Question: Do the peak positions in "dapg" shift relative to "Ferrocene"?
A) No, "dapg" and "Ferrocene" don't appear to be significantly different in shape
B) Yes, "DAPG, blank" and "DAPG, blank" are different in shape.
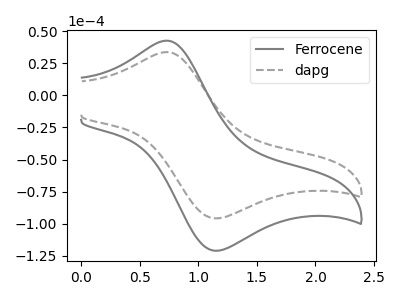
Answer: <think>The gray curve "Ferrocene" has an anodic peak at (0.75V, 42.65uA) and a cathodic peak at (1.15V, -120.90uA). The gray dashed curve "dapg" has an anodic peak at (0.75V, 33.75uA) and a cathodic peak at (1.15V, -95.70uA).
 All the peaks in "dapg" have a peak in "Ferrocene" at the same potential. Every peak in "dapg" is lower than every peak in "Ferrocene".</think>
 <answer>A) No, "dapg" and "Ferrocene" don't appear to be significantly different in shape</answer>
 <eval>A</eval>